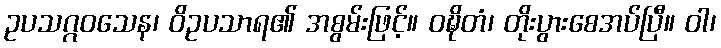
ဥပသဂ္ဂဝသေန၊ ဝိဥပသာရ၏ အစွမ်းဖြင့်။ ဝဍ္ဎိတံ၊ တိုးပွားစေအပ်ပြီ။ ဝါ၊